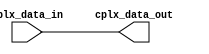
// -----------------------------------------------------------------------
// gain module
// 
// DESCRIPTION:
// 	apply a (signed) gain - scale between -1 and (2^(gain_width-1)-1)/2^(gain_width-1)
//  * 2^left_shift to the (signed) audio.
//  TODO - add saturation indicator
// -----------------------------------------------------------------------

module fft_sorter	#(parameter N = 1,
			DATA_WIDTH = 16)
			(input wire [DATA_WIDTH*2*N-1:0] cplx_data_in,
			output wire [DATA_WIDTH*2*N-1:0] cplx_data_out);

parameter wi = $clog2(N);

wire en_o;
wire [DATA_WIDTH*2*N-1:0] data_out;
reg [1:0] flip_i [0:3];

assign cplx_data_out 	= data_out;

assign en_o = 1;

assign data_out[DATA_WIDTH*(2)-1 -: 2*DATA_WIDTH] = cplx_data_in[DATA_WIDTH*(2*0+2)-1 -: 2*DATA_WIDTH];
assign data_out[DATA_WIDTH*(2*1+2)-1 -: 2*DATA_WIDTH] = cplx_data_in[DATA_WIDTH*(2*8+2)-1 -: 2*DATA_WIDTH];
assign data_out[DATA_WIDTH*(2*2+2)-1 -: 2*DATA_WIDTH] = cplx_data_in[DATA_WIDTH*(2*4+2)-1 -: 2*DATA_WIDTH];
assign data_out[DATA_WIDTH*(2*3+2)-1 -: 2*DATA_WIDTH] = cplx_data_in[DATA_WIDTH*(2*12+2)-1 -: 2*DATA_WIDTH];
assign data_out[DATA_WIDTH*(2*4+2)-1 -: 2*DATA_WIDTH] = cplx_data_in[DATA_WIDTH*(2*2+2)-1 -: 2*DATA_WIDTH];
assign data_out[DATA_WIDTH*(2*5+2)-1 -: 2*DATA_WIDTH] = cplx_data_in[DATA_WIDTH*(2*10+2)-1 -: 2*DATA_WIDTH];
assign data_out[DATA_WIDTH*(2*6+2)-1 -: 2*DATA_WIDTH] = cplx_data_in[DATA_WIDTH*(2*6+2)-1 -: 2*DATA_WIDTH];
assign data_out[DATA_WIDTH*(2*7+2)-1 -: 2*DATA_WIDTH] = cplx_data_in[DATA_WIDTH*(2*14+2)-1 -: 2*DATA_WIDTH];
assign data_out[DATA_WIDTH*(2*8+2)-1 -: 2*DATA_WIDTH] = cplx_data_in[DATA_WIDTH*(2*1+2)-1 -: 2*DATA_WIDTH];
assign data_out[DATA_WIDTH*(2*9+2)-1 -: 2*DATA_WIDTH] = cplx_data_in[DATA_WIDTH*(2*9+2)-1 -: 2*DATA_WIDTH];
assign data_out[DATA_WIDTH*(2*10+2)-1 -: 2*DATA_WIDTH] = cplx_data_in[DATA_WIDTH*(2*5+2)-1 -: 2*DATA_WIDTH];
assign data_out[DATA_WIDTH*(2*11+2)-1 -: 2*DATA_WIDTH] = cplx_data_in[DATA_WIDTH*(2*13+2)-1 -: 2*DATA_WIDTH];
assign data_out[DATA_WIDTH*(2*12+2)-1 -: 2*DATA_WIDTH] = cplx_data_in[DATA_WIDTH*(2*3+2)-1 -: 2*DATA_WIDTH];
assign data_out[DATA_WIDTH*(2*13+2)-1 -: 2*DATA_WIDTH] = cplx_data_in[DATA_WIDTH*(2*11+2)-1 -: 2*DATA_WIDTH];
assign data_out[DATA_WIDTH*(2*14+2)-1 -: 2*DATA_WIDTH] = cplx_data_in[DATA_WIDTH*(2*7+2)-1 -: 2*DATA_WIDTH];
assign data_out[DATA_WIDTH*(2*15+2)-1 -: 2*DATA_WIDTH] = cplx_data_in[DATA_WIDTH*(2*15+2)-1 -: 2*DATA_WIDTH];


// assign data_out[DATA_WIDTH*(2)-1 -: 2*DATA_WIDTH] = cplx_data_in[DATA_WIDTH*(2*0+2)-1 -: 2*DATA_WIDTH];
// assign data_out[DATA_WIDTH*(2*1+2)-1 -: 2*DATA_WIDTH] = cplx_data_in[DATA_WIDTH*(2*2+2)-1 -: 2*DATA_WIDTH];
// assign data_out[DATA_WIDTH*(2*2+2)-1 -: 2*DATA_WIDTH] = cplx_data_in[DATA_WIDTH*(2*1+2)-1 -: 2*DATA_WIDTH];
// assign data_out[DATA_WIDTH*(2*3+2)-1 -: 2*DATA_WIDTH] = cplx_data_in[DATA_WIDTH*(2*3+2)-1 -: 2*DATA_WIDTH];
// genvar i;
// generate
// 	for(i=0; i<N; i=i+1) begin : sort
// 		// for (ii=wi; ii >= 0; ii=ii-1) begin
// 		// 	flip_i[wi-ii]=i[ii];
// 		// end
// 		always @* flip_i[0] <= 2'd0;
// 		always @* flip_i[1] <= 2'd2;
// 		always @* flip_i[2] <= 2'd1;
// 		always @* flip_i[3] <= 2'd3;
// 		assign data_out[DATA_WIDTH*(2*i+2)-1 -: 2*DATA_WIDTH] = cplx_data_in[DATA_WIDTH*(2*flip_i[i]+2)-1 -: 2*DATA_WIDTH];
		
// 	end // split_fft
// endgenerate

endmodule